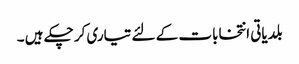
بلدیاتی انتخابات کے لئے تیاری کر چکے ہیں ۔